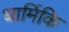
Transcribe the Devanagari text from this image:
धार्मिकि